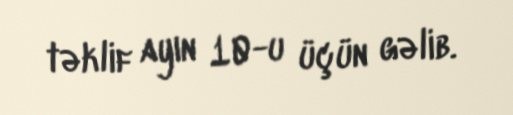
təklif ayın 10-u üçün gəlib.